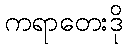
ကရာတေးဒို